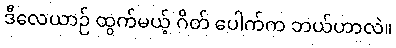
ဒီလေယာဉ် ထွက်မယ့် ဂိတ် ပေါက်က ဘယ်ဟာလဲ။